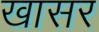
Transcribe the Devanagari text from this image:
खासर